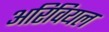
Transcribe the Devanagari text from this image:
अरिवियल